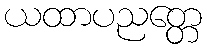
ယထာပညတ္တေ